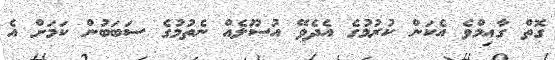
ގޮތް ގާއިމްވެ އެކަން ކުރުމުގެ އެދެވޭ އުސޫލެއް ނެތުމުގެ ސަބަބުން ކަމަށް އެ